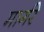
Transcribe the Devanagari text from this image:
मार्गरे